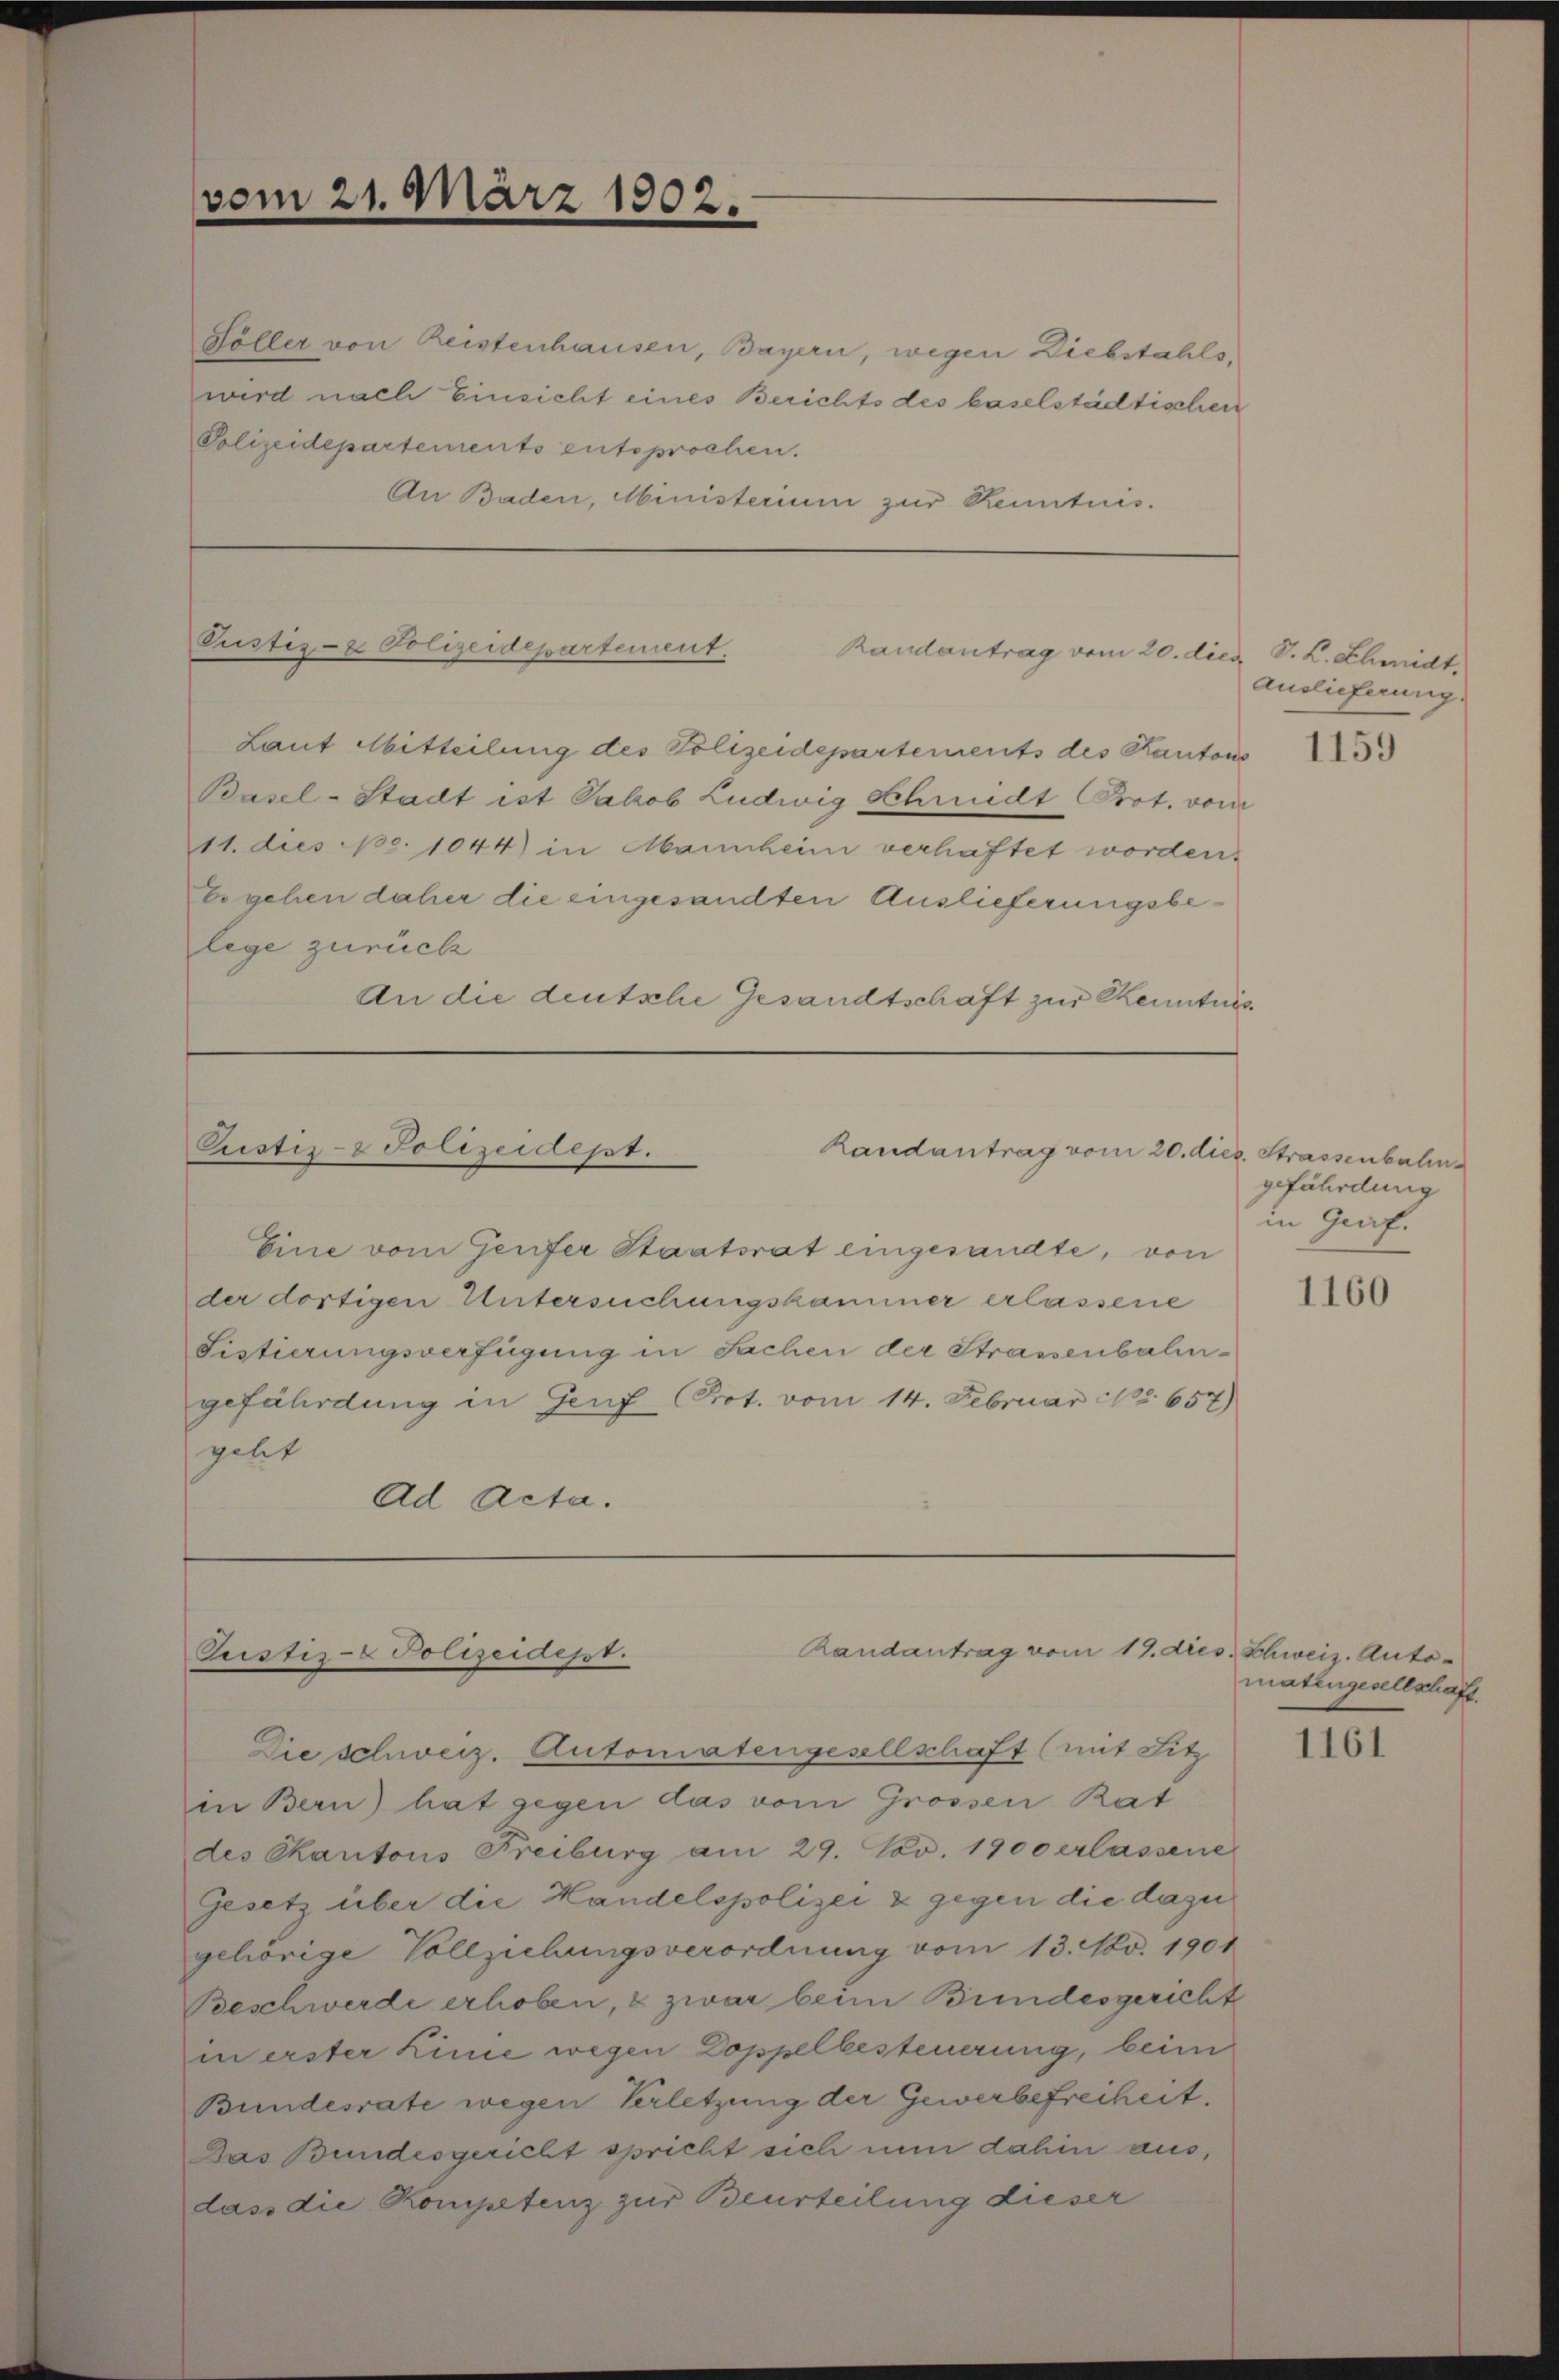
vom 21. März 1802.

Söller von Reistenhausen, Bayern, wegen Diebstahls,
wird nach Einsicht eines Berichts des baselstädtischen
Polizeidepartements entsprochen.
An Baden, Ministerium zur Kenntnis.

Laut Mitteilung des Polizeidepartements des Kantons
Basel-Stadt ist Jakob Ludwig Schmidt Prot. vom
11. dies pr. 1044) in Mannheim verhaftet worden.
Eogehen daher die eingesandten Auslieferungsbelege zurück
An die deutsche Gesandtschaft zur Kenntnis

Pustiz- & Polizeidepartement

Randantrag vom 20. dies V. K. Chmidt.

Cistiz- & Polizeidept.
Landantrag vom 20. dies. Strassenbahn¬

Eine vom Genfer Staatsrat eingesandte, von
der dortigen Untersuchungskammer erlassene
Listierungsverfügung in Sachen der Strassenbahngefährdung in Genf (Prot. vom 14. Februar Nr. 657)
gelit
Ad Acta.

Randantrag vom 19. dies
Pustiz- & Polizeidept.

Die schweiz. Automatengesellschaft (mit Sitz
in Bern) hat gegen das vom Grossen Rat
des Skantons Freiburg am 29. Nov. 1900 erlassene
Gesetz über die Handelspolizei & gegen die dazu
gehörige Vollziehungsverordnung vom 13. No. 1901
Beschwerde erhoben, & zwar beim Bundesgericht
in erster Linie wegen Doppelbesteuerung, beim
Bundesrate wegen Verletzung der Gewerbefreiheit.
Das Bundesgericht spricht sich nun dahin aus,
dass die Kompetenz zur Beurteilung dieser

Auslieferung.

1159

gefährdung
in Greif.

1160

Schweiz. Auto-
matengesellschaft.

1161